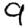
Digit: 9